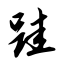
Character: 跬